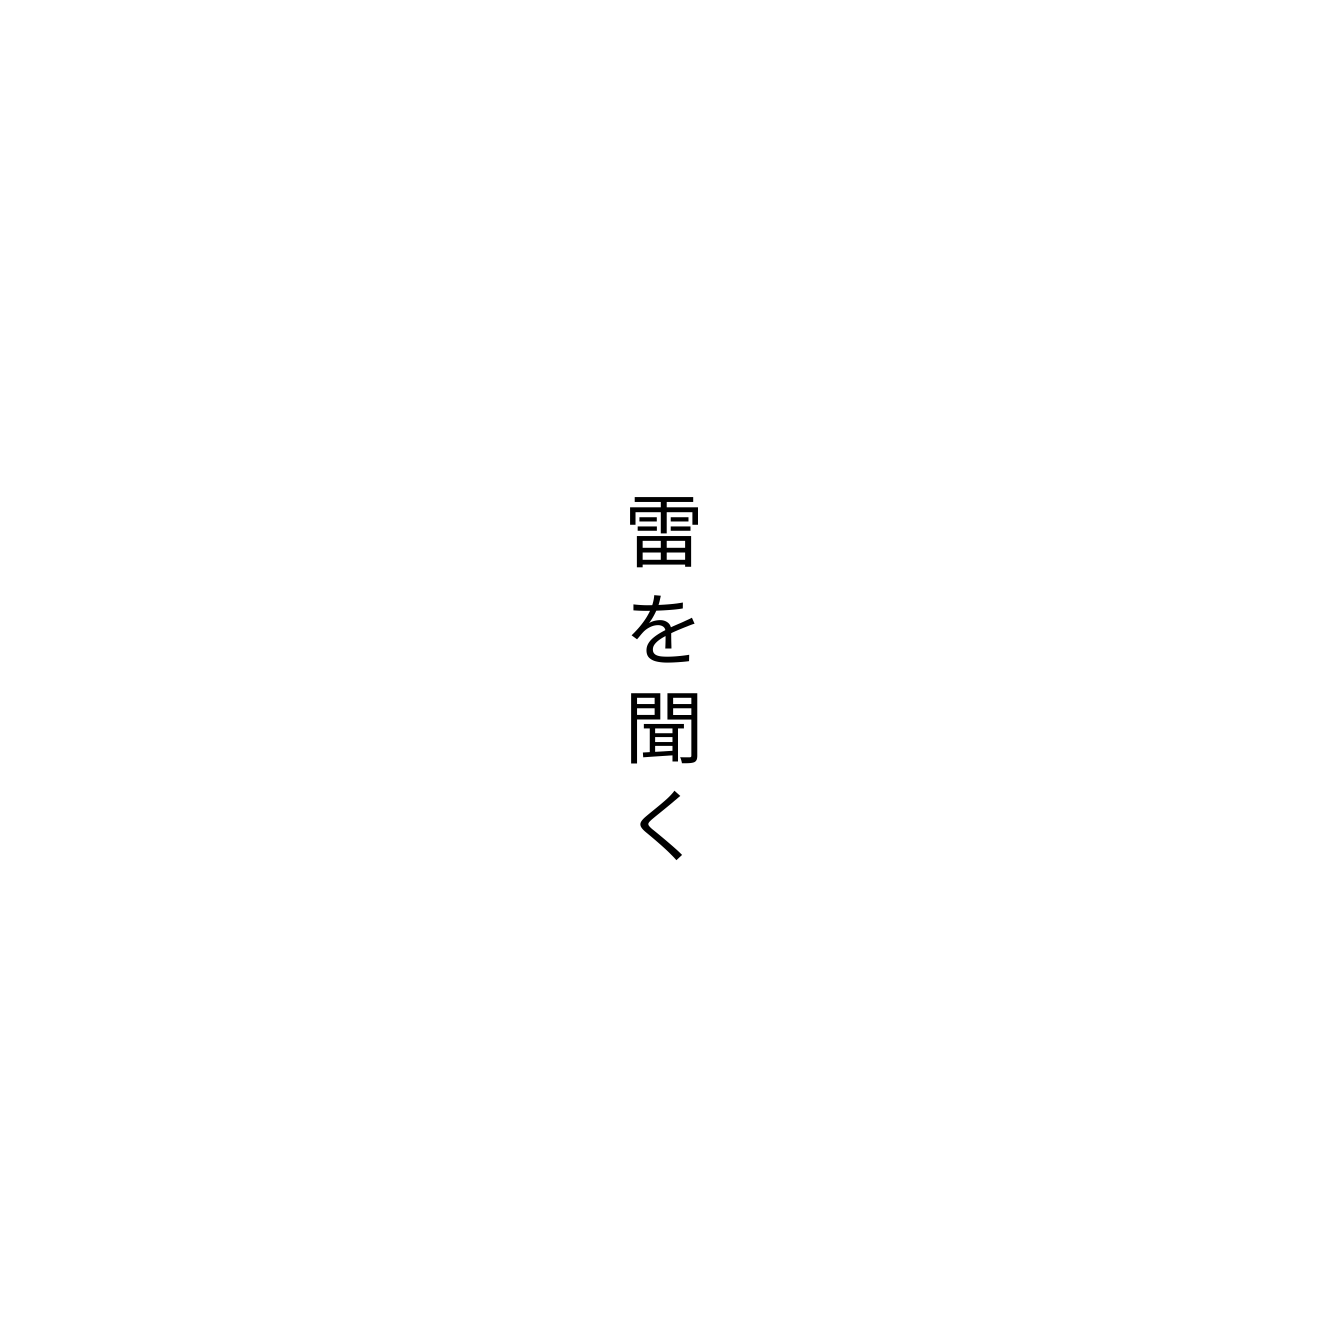
雷を聞く